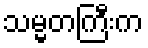
သမ္မတကြီးက